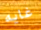
غايه